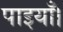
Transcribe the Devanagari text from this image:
पाइयाँ।